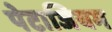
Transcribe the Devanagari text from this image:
पेटाजियम